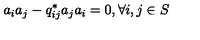
a _ { i } a _ { j } - q _ { i j } ^ { * } a _ { j } a _ { i } = 0 , \forall i , j \in S